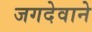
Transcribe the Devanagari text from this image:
जगदेवाने